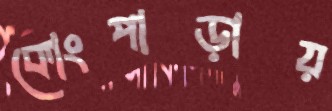
কোংপাড়ায়